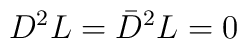
D^{2}L = \bar{D}^{2}L = 0